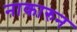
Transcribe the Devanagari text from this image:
नाकारुन